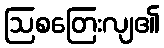
ဩစတြေးလျ၏